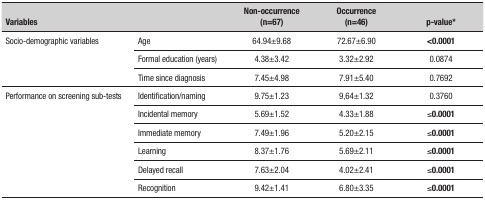
<table><thead><tr><td><b>Variables</b></td><td></td><td><b>Non-occurrence (n=67)</b></td><td><b>Occurrence (n=46)</b></td><td><b>p-value*</b></td></tr><tr><td><b>Socio-demographic variables</b></td><td><b>Age</b></td><td><b>64.94±9.68</b></td><td><b>72.67±6.90</b></td><td><b>&lt;0.0001</b></td></tr></thead><tbody><tr><td></td><td>Formal education (years)</td><td>4.38±3.42</td><td>3.32±2.92</td><td>0.0874</td></tr><tr><td></td><td>Time since diagnosis</td><td>7.45±4.98</td><td>7.91±5.40</td><td>0.7692</td></tr><tr><td>Performance on screeningsub-tests</td><td>Identification/naming</td><td>9.75±1.23</td><td>9,64±1.32</td><td>0.3760</td></tr><tr><td></td><td>Incidental memory</td><td>5.69±1.52</td><td>4.33±1.88</td><td>≤0.0001</td></tr><tr><td></td><td>Immediate memory</td><td>7.49±1.96</td><td>5.20±2.15</td><td>≤0.0001</td></tr><tr><td></td><td>Learning</td><td>8.37±1.76</td><td>5.69±2.11</td><td>≤0.0001</td></tr><tr><td></td><td>Delayed recall</td><td>7.63±2.04</td><td>4.02±2.41</td><td>≤0.0001</td></tr><tr><td></td><td>Recognition</td><td>9.42±1.41</td><td>6.80±3.35</td><td>≤0.0001</td></tr></tbody></table>